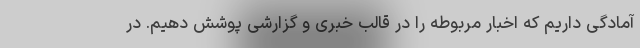
آمادگی داریم که اخبار مربوطه را در قالب خبری و گزارشی پوشش دهیم. در